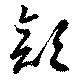
顔